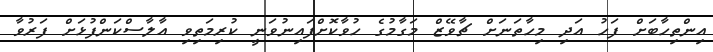
އިންތިހާބަށް ފަހު އަދި މިހާތަނަށް ޗާވޭޒް މަގާމުގެ ހުވާކޮށްފައިނުވަނީ ކުރިމަތިވި އާލާސްކަންފުޅަށް ފަރުވާ